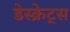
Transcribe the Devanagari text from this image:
डेस्क्रेट्स